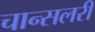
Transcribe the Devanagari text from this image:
चान्सलरी